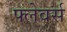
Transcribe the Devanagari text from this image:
फ्लेवर्स